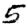
Digit: 5